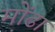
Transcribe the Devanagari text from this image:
मोंढा